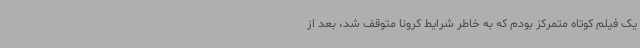
یک فیلم کوتاه متمرکز بودم که به خاطر شرایط کرونا متوقف شد،‌ بعد از